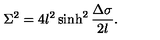
\Sigma ^ { 2 } = 4 l ^ { 2 } \sinh ^ { 2 } { \frac { \Delta \sigma } { 2 l } } .